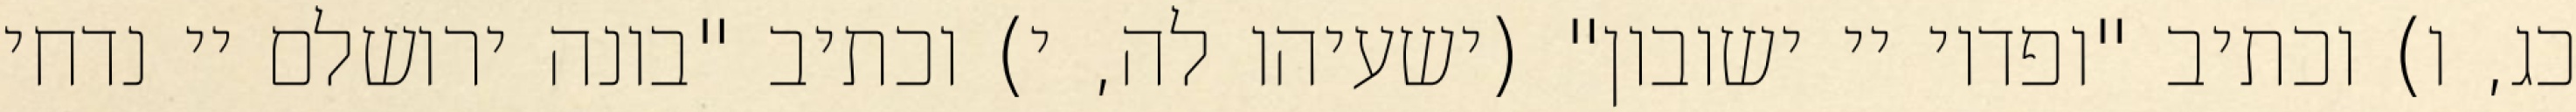
כג, ו) וכתיב "ופדוי יי ישובון" (ישעיהו לה, י) וכתיב "בונה ירושלם יי נדחי